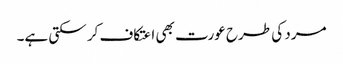
مرد کی طرح عورت بھی اعتکاف کر سکتی ہے۔